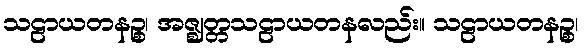
သဠာယတနဉ္စ၊ အဇ္ဈတ္တသဠာယတနလည်း။ သဠာယတနဉ္စ၊